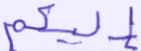
إليكم